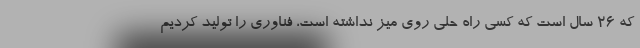
که ۲۶ سال است که کسی راه حلی روی میز نداشته است، فناوری را تولید کردیم